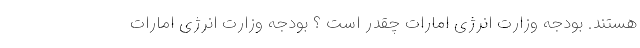
هستند. بودجه وزارت انرژی امارات چقدر است ؟ بودجه وزارت انرژی امارات